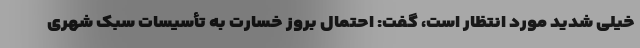
خیلی شدید مورد انتظار است، گفت: احتمال بروز خسارت به تأسیسات سبک شهری